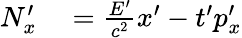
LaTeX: \begin{array}{rl}{N_{x}^{\prime}}&{{}={\frac{E^{\prime}}{c^{2}}}x^{\prime}-t^{\prime}p_{x}^{\prime}}\end{array}